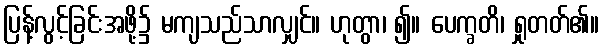
ပြန့်လွင့်ခြင်းအဖို့၌ မကျသည်သာလျှင်။ ဟုတွာ၊ ၍။ ပေက္ခတိ၊ ရှုတတ်၏။